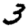
Digit: 3